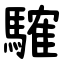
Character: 䮤